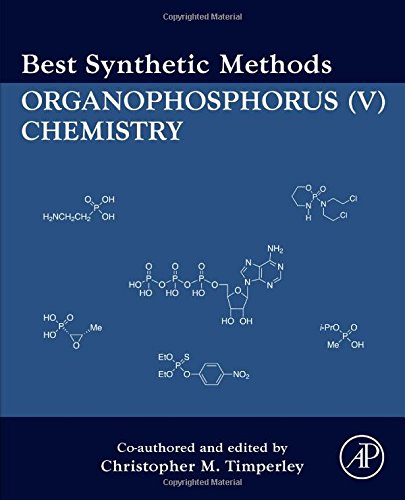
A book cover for Best Synthetic Methods: Organophosphorus (V) Chemistry (Organophosphorus Chemistry); Chris Timperley; Science & Math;